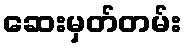
ဆေးမှတ်တမ်း